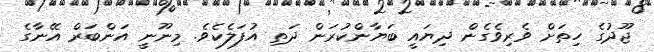
ޖޫދުގެ ހިތަށް ވެރިވެގެން ދިޔައީ ބަޔާންކުރަން ދަތި އުފަލެކެވެ. މިނޫނީ އަންބަރް އޭނާގެ